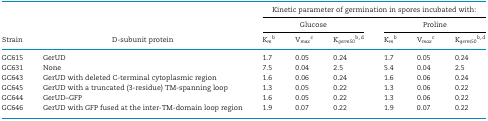
<table><thead><tr><td></td><td></td><td colspan="6"><b>Kinetic parameter of germination in spores incubated with:</b></td></tr><tr><td></td><td></td><td colspan="3"><b>Glucose</b></td><td colspan="3"><b>Proline</b></td></tr><tr><td><b>Strain</b></td><td><b>D-subunit protein</b></td><td><b>K<i><sub>m</sub></i><sup>b</sup></b></td><td><b>V<i><sub>max</sub></i><sup>c</sup></b></td><td><b>K<i><sub>germ50</sub></i><sup><sup>b</sup>,<sup>d</sup></sup></b></td><td><b>K<i><sub>m</sub></i><sup>b</sup></b></td><td><b>V<i><sub>max</sub></i><sup>c</sup></b></td><td><b>K<i><sub>germ50</sub></i><sup><sup>b</sup>,<sup>d</sup></sup></b></td></tr></thead><tbody><tr><td>GC615</td><td>GerUD</td><td>1.7</td><td>0.05</td><td>0.24</td><td>1.7</td><td>0.05</td><td>0.24</td></tr><tr><td>GC631</td><td>None</td><td>7.5</td><td>0.04</td><td>2.5</td><td>5.4</td><td>0.04</td><td>2.5</td></tr><tr><td>GC643</td><td>GerUD with deleted C-terminal cytoplasmic region</td><td>1.6</td><td>0.06</td><td>0.24</td><td>1.6</td><td>0.06</td><td>0.24</td></tr><tr><td>GC645</td><td>GerUD with a truncated (3-residue) TM-spanning loop</td><td>1.3</td><td>0.05</td><td>0.22</td><td>1.3</td><td>0.06</td><td>0.22</td></tr><tr><td>GC644</td><td>GerUD–GFP</td><td>1.6</td><td>0.05</td><td>0.22</td><td>1.3</td><td>0.06</td><td>0.22</td></tr><tr><td>GC646</td><td>GerUD with GFP fused at the inter-TM-domain loop region</td><td>1.9</td><td>0.07</td><td>0.22</td><td>1.9</td><td>0.07</td><td>0.22</td></tr></tbody></table>